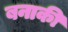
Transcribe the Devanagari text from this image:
बनाकी